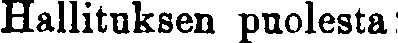
Hallituksen puolesta